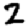
Digit: 2